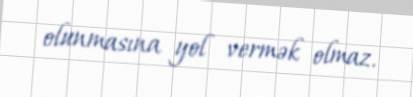
olunmasına yol vermək olmaz.